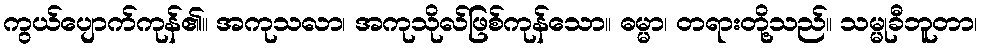
ကွယ်ပျောက်ကုန်၏။ အကုသလာ၊ အကုသိုလ်ဖြစ်ကုန်သော။ ဓမ္မာ၊ တရားတို့သည်။ သမ္မုခီဘူတာ၊